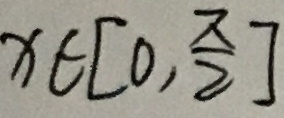
x \in [ 0 , \frac { \pi } { 2 } ]